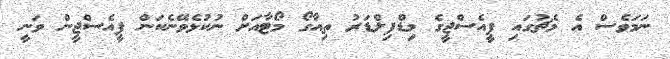
ނަމަވެސް އެ މެޗުގައި ޕީއެސްޖީގެ މިޑްފިލްޑަރު ތިއާގޯ މޯޓާއަށް ނުކުޅެވޭނެކަން ޕީއެސްޖީން ވަނީ